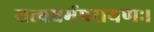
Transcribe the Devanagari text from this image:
सत्यधर्मपरायणः।